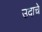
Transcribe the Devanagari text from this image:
उदाचे